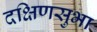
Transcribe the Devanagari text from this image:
दक्षिणसुभा